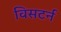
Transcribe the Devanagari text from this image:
विसटर्न